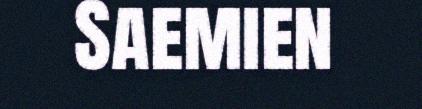
Saemien